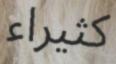
كثيراء